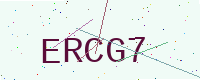
Text: ERCG7